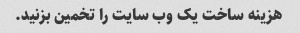
هزینه ساخت یک وب سایت را تخمین بزنید.